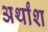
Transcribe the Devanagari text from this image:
अर्थांश